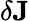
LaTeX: \mathbf{\delta J}